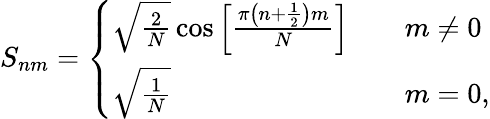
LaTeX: S_{nm}=\left\{ \begin{array}{ll}{\sqrt{\frac{2}{N}}\cos\left[\frac{\pi\left(n+\frac{1}{2}\right)m}{N}\right]\quad}&{m\neq 0}\\ {\sqrt{\frac{1}{N}}\quad}&{m=0,}\end{array}\right.